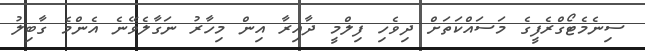
ސިނެމެޓޯގްރެފީގެ މަސައްކަތަށް ދިވެހި ފިލްމީ ދާއިރާ އިން މިހާރު ނަގާލެވޭނެ އެންމެ ގާބިލު